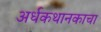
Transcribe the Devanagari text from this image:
अर्धकथानकाचा